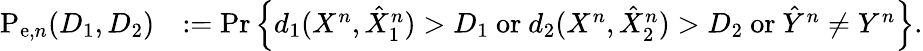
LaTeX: \begin{array}{rl}{\mathrm{P}_{\mathrm{e},n}(D_{1},D_{2})}&{:=\operatorname*{Pr}\Big\{ d_{1}(X^{n},\hat{X}_{1}^{n})>D_{1}~\mathrm{or}~d_{2}(X^{n},\hat{X}_{2}^{n})>D_{2}~\mathrm{or}~\hat{Y}^{n}\neq Y^{n}\Big\} .}\end{array}